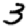
Digit: 3